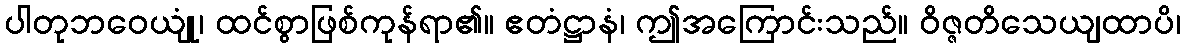
ပါတုဘဝေယျုံ၊ ထင်စွာဖြစ်ကုန်ရာ၏။ ဧတံဋ္ဌာနံ၊ ဤအကြောင်းသည်။ ဝိဇ္ဇတိသေယျထာပိ၊